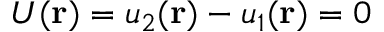
U ( \mathbf { r } ) = u _ { 2 } ( \mathbf { r } ) - u _ { 1 } ( \mathbf { r } ) = 0